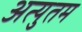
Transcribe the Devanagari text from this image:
अत्युतम